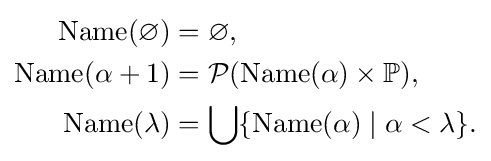
{\begin{aligned}\operatorname {Name} (\varnothing )&=\varnothing ,\\\operatorname {Name} (\alpha +1)&={\mathcal {P}}(\operatorname {Name} (\alpha )\times \mathbb {P} ),\\\operatorname {Name} (\lambda )&=\bigcup \{\operatorname {Name} (\alpha )\mid \alpha <\lambda \}.\end{aligned}}